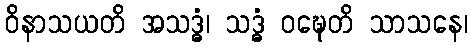
ဝိနာသယတိ အသဒ္ဓံ၊ သဒ္ဓံ ဝဍ္ဎေတိ သာသနေ၊